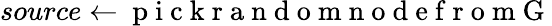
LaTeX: source\gets\mathrm{~p~i~c~k~r~a~n~d~o~m~n~o~d~e~f~r~o~m~G~}